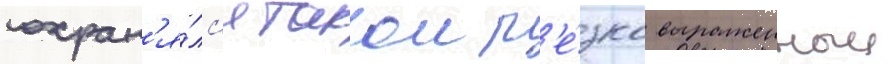
сохран'я́лс'я такои р'е́зко выраженныи